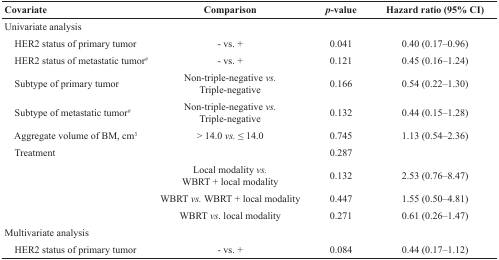
<table><thead><tr><td><b>Covariate</b></td><td><b>Comparison</b></td><td><b><i>p</i>-value</b></td><td><b>Hazard ratio (95% CI)</b></td></tr></thead><tbody><tr><td>Univariate analysis</td><td></td><td></td><td></td></tr><tr><td> HER2 status of primary tumor</td><td>- vs. +</td><td>0.041</td><td>0.40 (0.17–0.96)</td></tr><tr><td> HER2 status of metastatic tumor#</td><td>- vs. +</td><td>0.121</td><td>0.45 (0.16–1.24)</td></tr><tr><td> Subtype of primary tumor</td><td>Non-triple-negative <i>vs.</i> Triple-negative</td><td>0.166</td><td>0.54 (0.22–1.30)</td></tr><tr><td> Subtype of metastatic tumor#</td><td>Non-triple-negative <i>vs.</i> Triple-negative</td><td>0.132</td><td>0.44 (0.15–1.28)</td></tr><tr><td> Aggregate volume of BM, cm<sup>3</sup></td><td>&gt; 14.0 <i>vs.</i> ≤ 14.0</td><td>0.745</td><td>1.13 (0.54–2.36)</td></tr><tr><td> Treatment</td><td></td><td>0.287</td><td></td></tr><tr><td></td><td>Local modality <i>vs.</i> WBRT + local modality</td><td>0.132</td><td>2.53 (0.76–8.47)</td></tr><tr><td></td><td>WBRT <i>vs.</i> WBRT + local modality</td><td>0.447</td><td>1.55 (0.50–4.81)</td></tr><tr><td></td><td>WBRT <i>vs</i>. local modality</td><td>0.271</td><td>0.61 (0.26–1.47)</td></tr><tr><td>Multivariate analysis</td><td></td><td></td><td></td></tr><tr><td> HER2 status of primary tumor</td><td>- vs. +</td><td>0.084</td><td>0.44 (0.17–1.12)</td></tr></tbody></table>